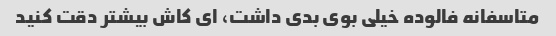
متاسفانه فالوده خیلی بوی بدی داشت، ای کاش بیشتر دقت کنید